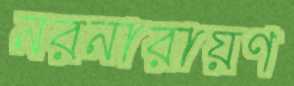
নরনারায়ণ